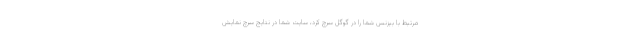
مرتبط با بیزنس شما را در گوگل سرچ کرد، سایت شما در نتایج سرچ نمایش